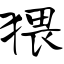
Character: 猥